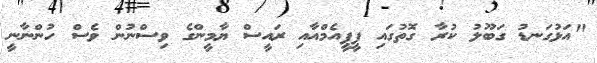
"އަޅުގަނޑު ގަބޫލު ކުރާ ގޮތުގައި ޕީޕީއެމްއާއި ރައީސް ޔާމީންގެ ވިސްނުން ވެސް ހުންނާނީ